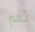
نعم